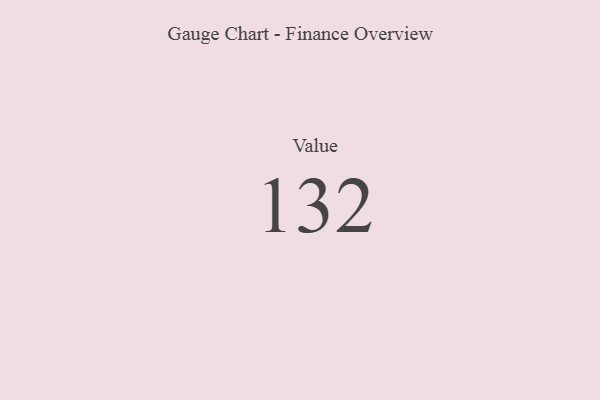
{"axis": {"x": "Metric", "y": "Value"}, "legend": [""], "data": [{"x": "Value", "y": 132, "type": ""}]}